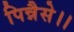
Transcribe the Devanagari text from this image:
पिन्नैसे।।